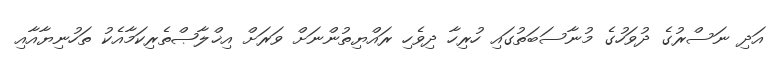
އަދި ނަސްރުގެ ދުވަހުގެ މުނާސަބަތުގައި ހުރިހާ ދިވެހި ރައްޔިތުންނަށް ވަރަށް އިޚްލާޞްތެރިކަމާއެކު ތަހުނިޔާއާއި